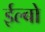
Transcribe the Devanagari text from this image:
ईल्बो